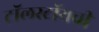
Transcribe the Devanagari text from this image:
टॉलस्टॉयची